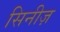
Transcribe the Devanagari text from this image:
सिनीज़